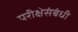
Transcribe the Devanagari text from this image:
परीक्षेसंबंधी